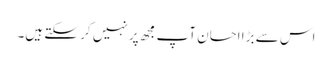
اس سے بڑا احسان آپ مجھ پر نہیں کر سکتے ہیں۔